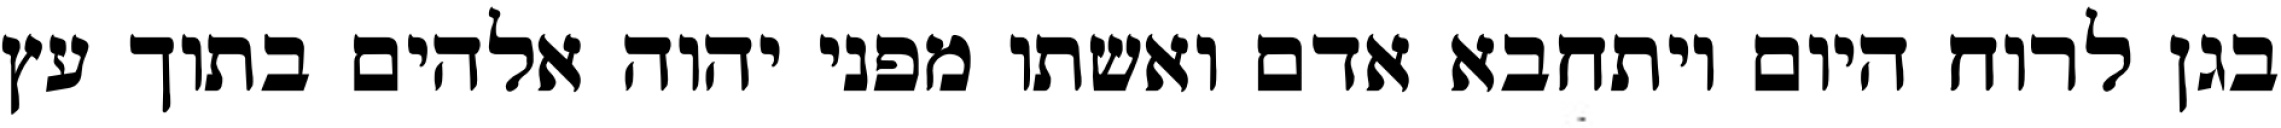
בגן לרוח היום ויתחבא אדם ואשתו מפני יהוה אלהים בתוך עץ